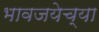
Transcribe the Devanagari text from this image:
भावजयेच्या